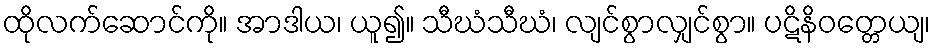
ထိုလက်ဆောင်ကို။ အာဒါယ၊ ယူ၍။ သီဃံသီဃံ၊ လျင်စွာလျှင်စွာ။ ပဋိနိဝတ္တေယျ၊